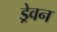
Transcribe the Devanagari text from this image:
ड्रेवन